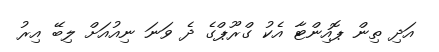
އަދި ތިން ޕޮއިންޓާ އެކު ގްރޫޕްގެ ދެ ވަނަ ނިއުއަށް ލިބޭ އިރު